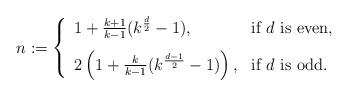
LaTeX: \begin{align*}n := \left\{\begin{array}{ll}1+\frac{k+1}{k-1} (k^{\frac{d}{2}} - 1), & \mbox{if $d$ is even}, \\ [0.3cm]2 \left(1 + \frac{k}{k-1} (k^{\frac{d-1}{2}} - 1)\right), & \mbox{if $d$ is odd}.\end{array}\right.\end{align*}